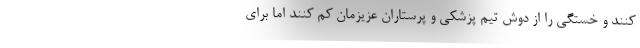
کنند و خستگی را از دوش تیم پزشکی و پرستاران عزیزمان کم کنند اما برای